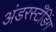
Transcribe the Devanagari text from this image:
अंडरस्टँडिंग